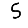
Digit: 5